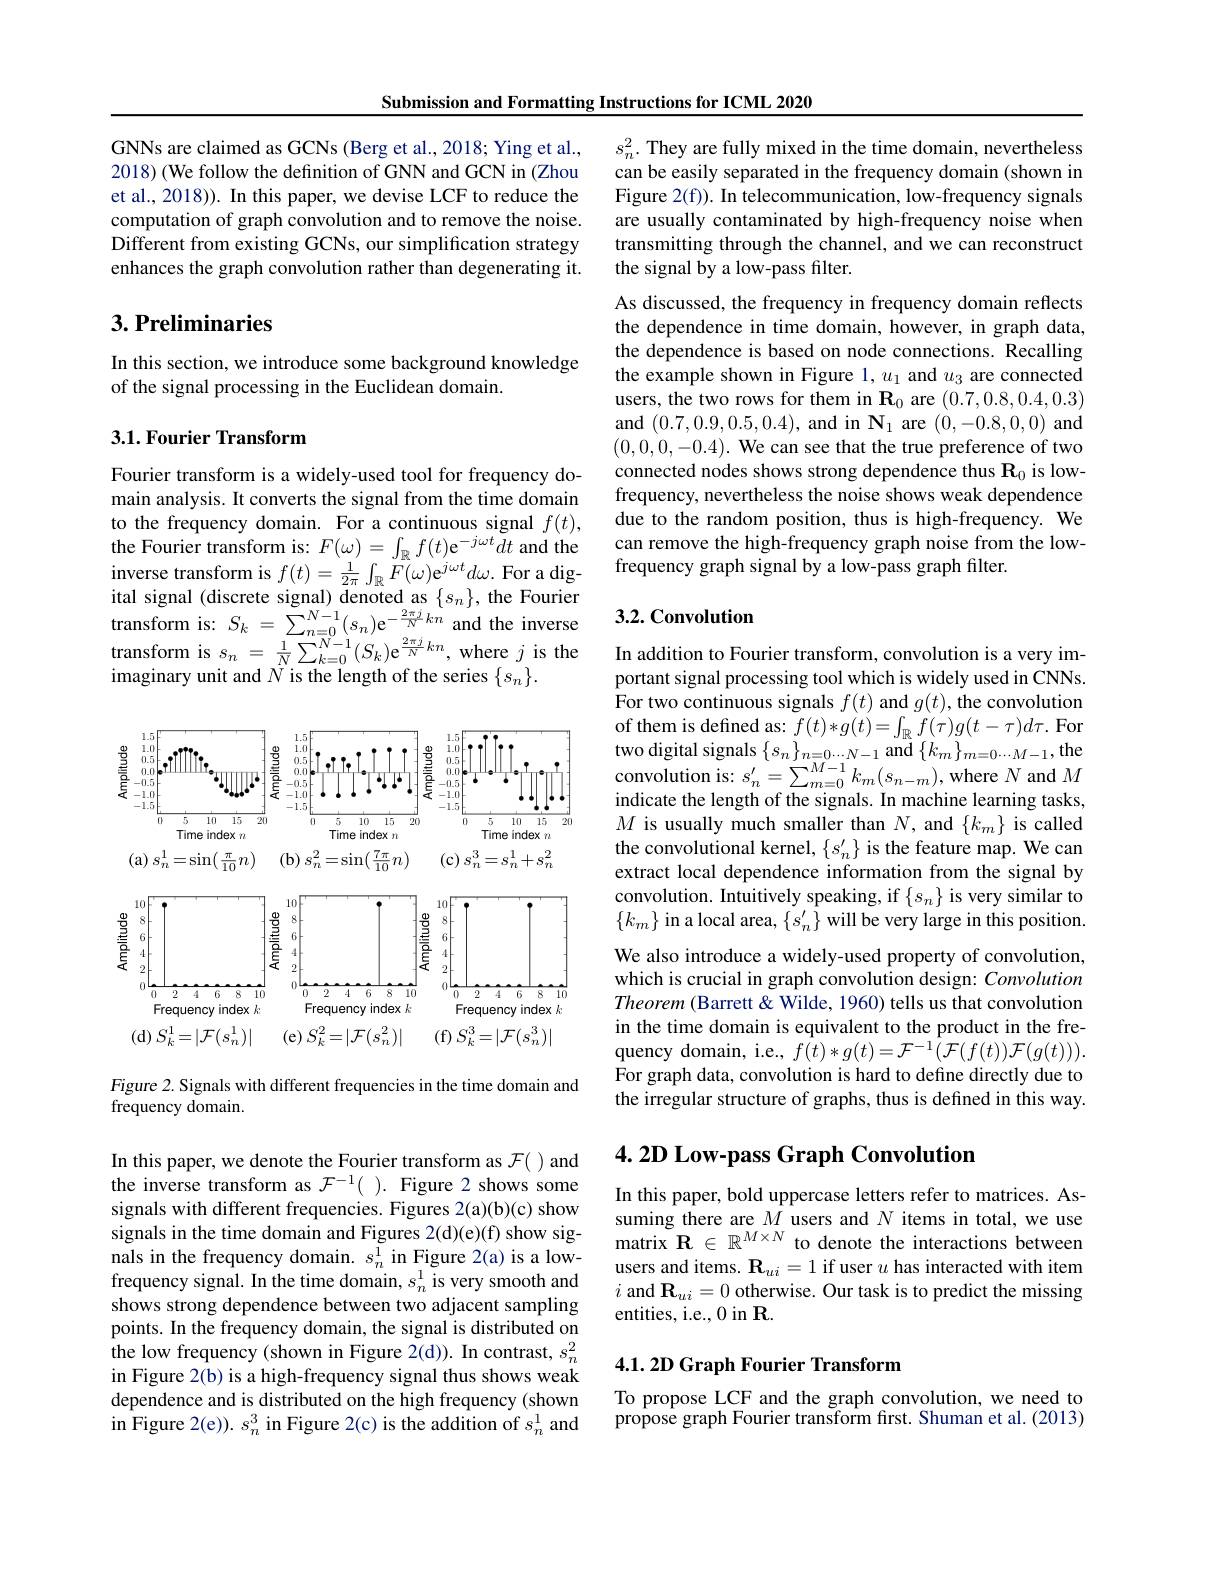
Submission and Formatting Instructions for ICML 2020

GNNs are claimed as GCNs (Berg et al., 2018; Ying et al., 2018) (We follow the definition of GNN and GCN in (Zhou et al., 2018)). In this paper, we devise LCF to reduce the computation of graph convolution and to remove the noise. $\hat{\text{Different from existing GCNs, our simplification strategy}}$ enhances the graph convolution rather than degenerating it.

## $3. \textbf{Preliminaries}$

In this section, we introduce some background knowledge
of the signal processing in the Euclidean domain.

## 3.1. Fourier Transform

Fourier transform is a widely-used tool for frequency domain analysis. It converts the signal from the time domain inverse transform is $f(t)=\frac1{2\pi}\int_\mathbb{R}F(\omega)\mathrm{e}^{j\omega t}d\omega.$ For a digital signal (discrete signal) denoted as $\{s_n\}$, the Fourier transform is: $S_k=\sum_{n=0}^{N-1}(s_{n})\mathrm{e}^{-\frac{2\pi j}{N}kn}$ and the inverse transform is $s_n~=~\frac{1}{N}\sum_{k=0}^{N-1}(S_{k})\mathrm{e}^{\frac{2\pi j}{N}kn}$, where $j$ is the imaginary unit and $N$ is the length of the series $\{s_n\}.$

<FigureHere>

Figure 2. Signals with different frequencies in the time domain and
frequency domain.

In this paper, we denote the Fourier transform as $\mathcal{F}($ )and the inverse transform as $\mathcal{F} ^{- 1}($ ). Figure 2 shows some signals with different frequencies. Figures 2(a)(b)(c) show signals in the time domain and Figures 2(d)(e)(f) show signals in the frequency domain. $s_n^1$ in Figure 2(a) is a lowfrequency signal. In the time domain, $s_n^1$ is very smooth and shows strong dependence between two adjacent sampling points. In the frequency domain, the signal is distributed on the low frequency (shown in Figure 2(d)). In contrast, $s_n^2$ in Figure 2(b) is a high-frequency signal thus shows weak dependence and is distributed on the high frequency (shown in Figure 2(e)). $s_n^3$ in Figure 2(c) is the addition of $s_n^1$ and

$s_n^2.$ They are fully mixed in the time domain, nevertheless can be easily separated in the frequency domain (shown in Figure 2(f)). In telecommunication, low-frequency signals are usually contaminated by high-frequency noise when transmitting through the channel, and we can reconstruct the signal by a low-pass filter.

As discussed, the frequency in frequency domain reflects the dependence in time domain, however, in graph data, the dependence is based on node connections. Recalling the example shown in Figure 1, $u_1$ and $u_3$ are connected users, the two rows for them in $\mathbf{R}_0$ are (0.7,0.8,0.4,0.3) and (0.7,0.9,0.5,0.4), and in $\mathbf{N}_1$ are (0,-0.8,0,0) and (0,0,0,-0.4). We can see that the true preference of two connected nodes shows strong dependence thus $\mathbf{R}_0$ is lowfrequency, nevertheless the noise shows weak dependence
to the frequency domain. For a continuous signal
frequency graph signal by a low-pass graph filter.

## 3.2. Convolution

In addition to Fourier transform, convolution is a very important signal processing tool which is widely used in CNNs. For two continuous signals $f(t)$ and $g(t)$,the convolution of them is defined as: $f(t)*g(t)=\int_{\mathbb{R}}f(\tau)g(t-\tau)d\tau.$ For two digital signals $\{s_n\}_{n=0\cdots N-1}$ and $\{k_m\}_{m=0\cdots M-1}$,the convolution is: $s_{n}^{\prime }= \sum _{m= 0}^{M- 1}k_{m}( s_{n- m}) $,where $N$ and $M$ indicate the length of the signals. In machine learning tasks, $M$ is usually much smaller than $N$, and $\{k_m\}$ is called the convolutional kernel, $\{s_n^{\prime}\}$ is the feature map. We can extract local dependence information from the signal by convolution. Intuitively speaking, if $\{s_n\}$ is very similar to $\{k_m\}$ in a local area, $\{s_n^\prime\}$ will be very large in this position. We also introduce a widely-used property of convolution, which is crucial in graph convolution design: Convolution Theorem (Barrett & Wilde, 1960) tells us that convolution in the time domain is equivalent to the product in the frequency domain, i.e., $\hat f(t)*g(t)=\mathcal{F}^{-1}(\mathcal{F}(f(t))\mathcal{F}(g(t))).$ For graph data, convolution is hard to define directly due to the irregular structure of graphs, thus is defined in this way.

## 4.2D Low-pass Graph Convolution

In this paper, bold uppercase letters refer to matrices. Assuming there are $M$ users and $N$ items in total, we use matrix $\mathbf{R}\in\mathbb{R}^{M\times N}$ to denote the interactions between users and items. $\mathbf{R}_{ui}=1$ if user $u$ has interacted with item $i$ and $\mathbf{R}_ui=0$ otherwise. Our task is to predict the missing entities, i.e., 0 in R.

## 4.1. 2D Graph Fourier Transform

To propose LCF and the graph convolution, we need to propose graph Fourier transform first. Shuman et al. (2013)